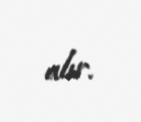
alır.